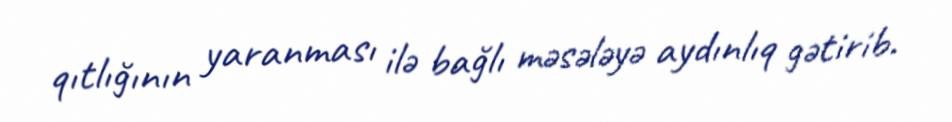
qıtlığının yaranması ilə bağlı məsələyə aydınlıq gətirib.